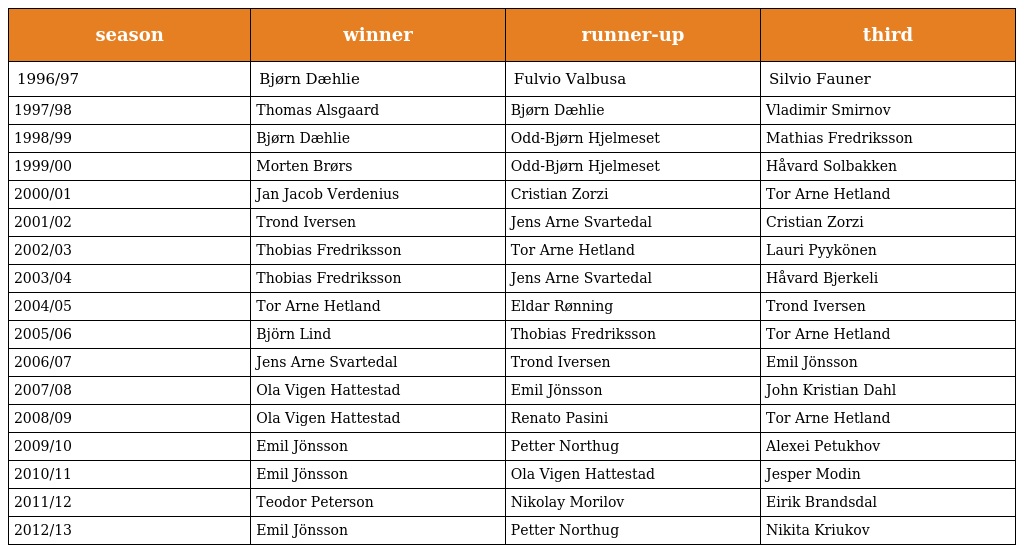
| season | winner | runner-up | third |
 | --- | --- | --- | --- |
 | 1996/97 | Bjørn Dæhlie | Fulvio Valbusa | Silvio Fauner |
 | 1997/98 | Thomas Alsgaard | Bjørn Dæhlie | Vladimir Smirnov |
 | 1998/99 | Bjørn Dæhlie | Odd-Bjørn Hjelmeset | Mathias Fredriksson |
 | 1999/00 | Morten Brørs | Odd-Bjørn Hjelmeset | Håvard Solbakken |
 | 2000/01 | Jan Jacob Verdenius | Cristian Zorzi | Tor Arne Hetland |
 | 2001/02 | Trond Iversen | Jens Arne Svartedal | Cristian Zorzi |
 | 2002/03 | Thobias Fredriksson | Tor Arne Hetland | Lauri Pyykönen |
 | 2003/04 | Thobias Fredriksson | Jens Arne Svartedal | Håvard Bjerkeli |
 | 2004/05 | Tor Arne Hetland | Eldar Rønning | Trond Iversen |
 | 2005/06 | Björn Lind | Thobias Fredriksson | Tor Arne Hetland |
 | 2006/07 | Jens Arne Svartedal | Trond Iversen | Emil Jönsson |
 | 2007/08 | Ola Vigen Hattestad | Emil Jönsson | John Kristian Dahl |
 | 2008/09 | Ola Vigen Hattestad | Renato Pasini | Tor Arne Hetland |
 | 2009/10 | Emil Jönsson | Petter Northug | Alexei Petukhov |
 | 2010/11 | Emil Jönsson | Ola Vigen Hattestad | Jesper Modin |
 | 2011/12 | Teodor Peterson | Nikolay Morilov | Eirik Brandsdal |
 | 2012/13 | Emil Jönsson | Petter Northug | Nikita Kriukov |